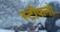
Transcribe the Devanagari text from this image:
स्टीफनो